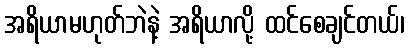
အရိယာမဟုတ်ဘဲနဲ့ အရိယာလို့ ထင်စေချင်တယ်၊